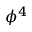
\phi ^ { 4 }